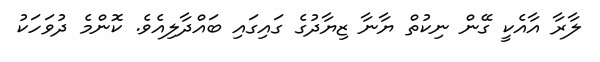
ލާރާ އާއެކީ ގޭން ނިކުތް ޔާނާ ޒިޔާދުގެ ގައިގައި ބައްދާލިއެވެ. ކޮންމެ ދުވަަހަކު